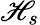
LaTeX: \mathscr{H}_{s}